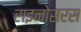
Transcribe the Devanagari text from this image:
राइनोसरस